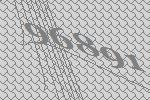
96891